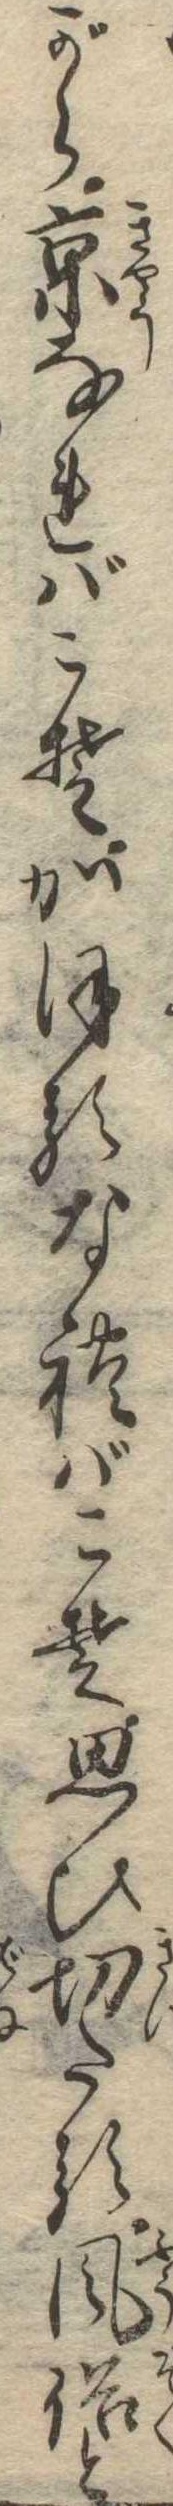
がら京なればこそかほるなればこそ思ひ切たる風俗と